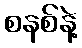
စနစ်နဲ့